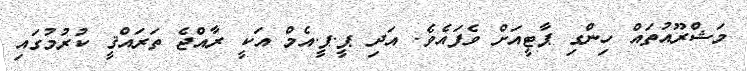
މަޝްރޫއުތައް ހިންގި ޕާޓީއަށް ވެފައެެވެ. އަދި ޕީ.ޕީ.އެމް އަކީ ރާއްޖެ ތަރައްޤީ ކުރުމުގައި